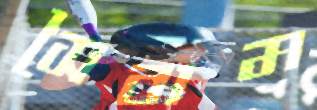
সৈবাম